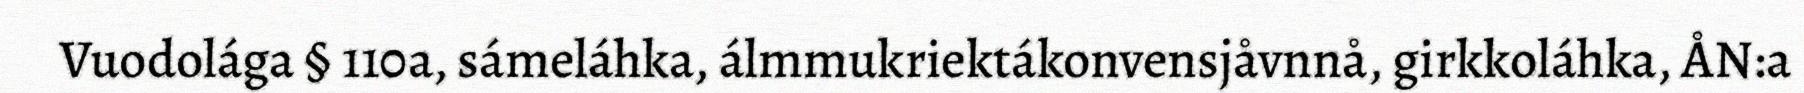
Vuodolága § 110a, sámeláhka, álmmukriektákonvensjåvnnå, girkkoláhka, ÅN:a